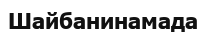
Шайбанинамада